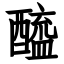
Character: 醯